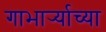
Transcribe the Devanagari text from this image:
गाभार्र्‍याच्या